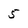
Character: 5